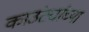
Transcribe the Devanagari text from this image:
काउंट्यांच्या